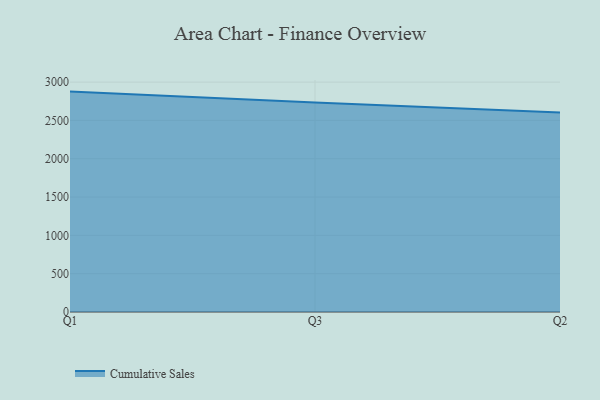
{"axis": {"x": "Quarter", "y": "Bounce Rate (%)"}, "legend": ["Cumulative Sales"], "data": [{"x": "Q1", "y": 2876.1, "type": "Cumulative Sales"}, {"x": "Q3", "y": 2734.1, "type": "Cumulative Sales"}, {"x": "Q2", "y": 2602.8, "type": "Cumulative Sales"}]}